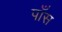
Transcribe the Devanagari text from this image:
पाँस